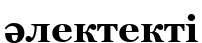
әлектекті